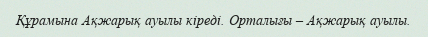
Құрамына Ақжарық ауылы кіреді. Орталығы – Ақжарық ауылы.